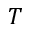
T